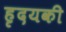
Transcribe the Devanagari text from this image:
हृदयकी